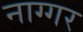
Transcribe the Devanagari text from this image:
नाग्गर